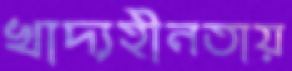
খাদ্যহীনতায়